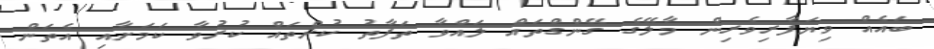
ބައެއް ވިޔަފާރިވެރިން މާލޭގެ ގޭންގްތައް ލައްވާ ތަފާތު ކުށްތައް ކުރުވާ ކަމަށާއި އެތަން